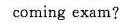
coming exam?